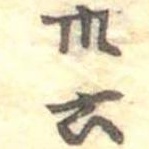
卅六